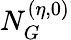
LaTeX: N_{G}^{(\eta,0)}